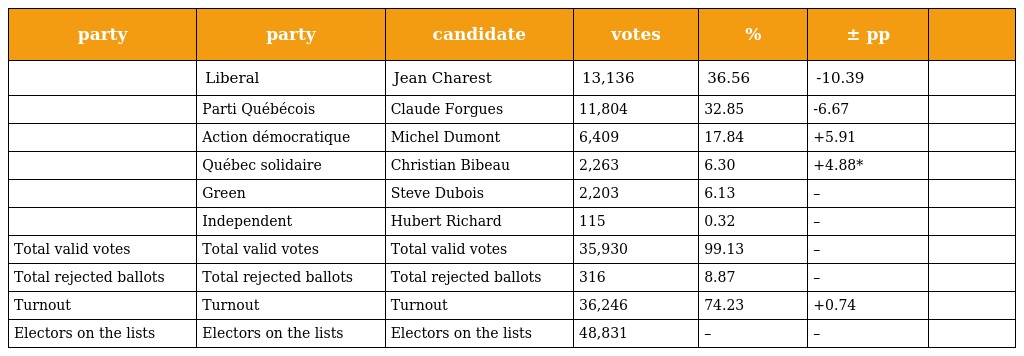
| party | party | candidate | votes | % | ± pp |  |
 | --- | --- | --- | --- | --- | --- | --- |
 |  | Liberal | Jean Charest | 13,136 | 36.56 | -10.39 |  |
 |  | Parti Québécois | Claude Forgues | 11,804 | 32.85 | -6.67 |  |
 |  | Action démocratique | Michel Dumont | 6,409 | 17.84 | +5.91 |  |
 |  | Québec solidaire | Christian Bibeau | 2,263 | 6.30 | +4.88* |  |
 |  | Green | Steve Dubois | 2,203 | 6.13 | – |  |
 |  | Independent | Hubert Richard | 115 | 0.32 | – |  |
 | Total valid votes | Total valid votes | Total valid votes | 35,930 | 99.13 | – |  |
 | Total rejected ballots | Total rejected ballots | Total rejected ballots | 316 | 8.87 | – |  |
 | Turnout | Turnout | Turnout | 36,246 | 74.23 | +0.74 |  |
 | Electors on the lists | Electors on the lists | Electors on the lists | 48,831 | – | – |  |